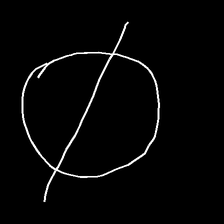
Glyph: orb